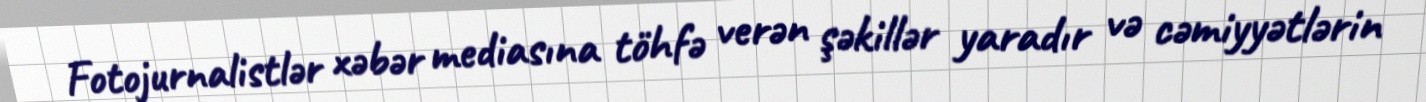
Fotojurnalistlər xəbər mediasına töhfə verən şəkillər yaradır və cəmiyyətlərin